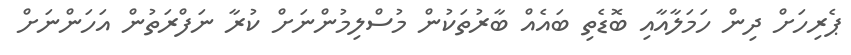
ޕެރިހަށް ދިން ހަމަލާއާއި ބޮޑެތި ބައެއް ބާރުތަކުން މުސްލިމުންނަށް ކުރާ ނަފްރަތުން އަހަންނަށް